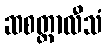
ဆစတ္တာလီသံ